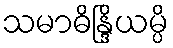
သမာဓိန္ဒြိယမ္ပိ